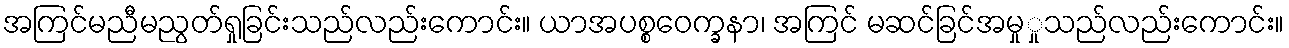
အကြင်မညီမညွတ်ရှုခြင်းသည်လည်းကောင်း။ ယာအပစ္စဝေက္ခနာ၊ အကြင် မဆင်ခြင်အမှုှုသည်လည်းကောင်း။